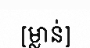
[ម្លាន់]